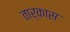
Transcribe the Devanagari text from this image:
तार्कास